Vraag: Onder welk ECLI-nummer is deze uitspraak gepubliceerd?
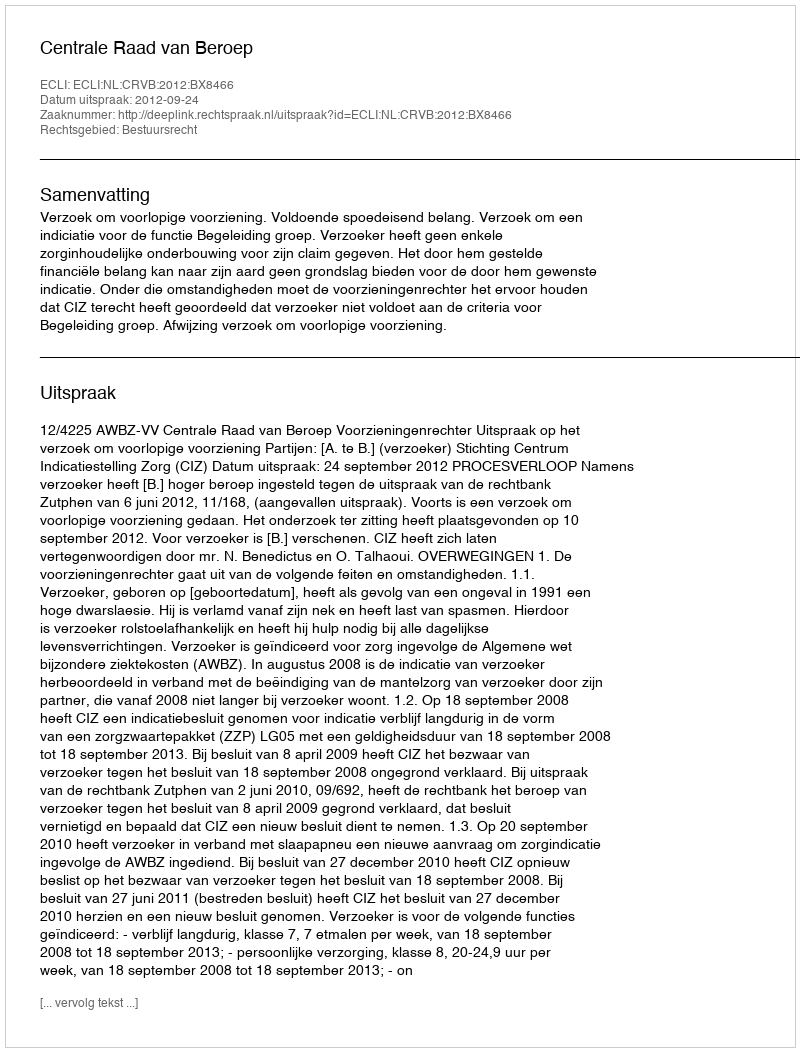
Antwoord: ECLI:NL:CRVB:2012:BX8466